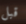
قبل